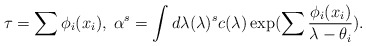
\begin{align*}\tau =\sum\phi_i(x_i), \; \alpha^s=\int d \lambda (\lambda )^sc(\lambda )\exp (\sum \frac{\phi_i(x_i)}{\lambda -\theta_i}).\end{align*}